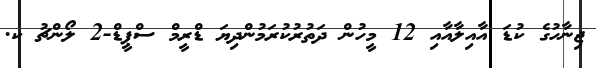
ޖިނާހުގެ ކުޑަ އާއިލާއާއި 12 މީހުން ދަތުރުކުރަމުންދިޔަ ޑްރީމް ސްޕީޑް-2 ލޯންޗު ކ.